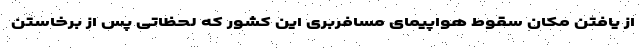
از یافتن مکان سقوط هواپیمای مسافربری این کشور که لحظاتی پس از برخاستن